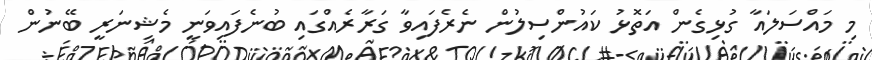
މި މައްސަލައާ ގުޅިގެން އަތޮޅު ކައުންސިލުން ނެރެފައިވާ ގަރާރެއްގައި ބުނެފައިވަނީ މެޝިނަރީ ބޭނުން